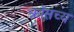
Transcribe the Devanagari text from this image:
क्रॉसच्य